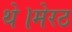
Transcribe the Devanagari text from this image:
थे।मेरठ